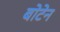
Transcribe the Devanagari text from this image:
बोटेन